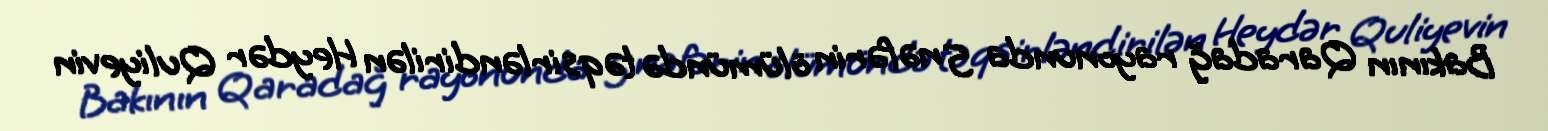
Bakının Qaradağ rayonunda 5 nəfərin ölümündə təqsirləndirilən Heydər Quliyevin